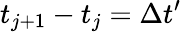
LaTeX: t_{j+1}-t_{j}=\Delta t^{\prime}